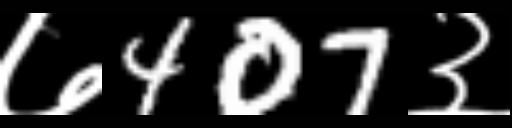
Text: ७407३